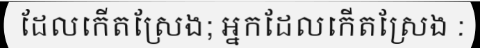
ដែលកើតស្រែង; អ្នកដែលកើតស្រែង :